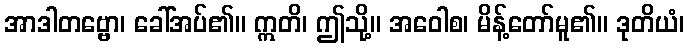
အာဒါတဗ္ဗော၊ ခေါ်အပ်၏။ ဣတိ၊ ဤသို့။ အဝေါစ၊ မိန့်တော်မူ၏။ ဒုတိယံ၊